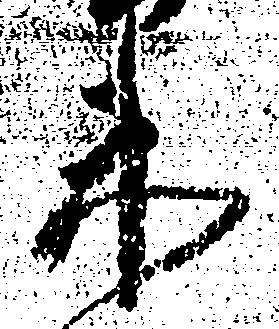
衛